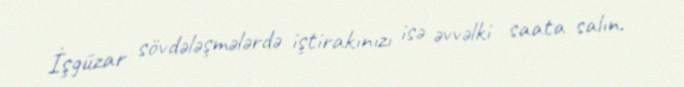
İşgüzar sövdələşmələrdə iştirakınızı isə əvvəlki saata salın.